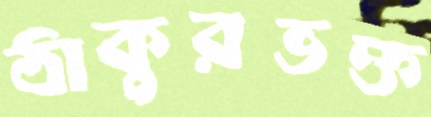
ঠাকুরভক্ত